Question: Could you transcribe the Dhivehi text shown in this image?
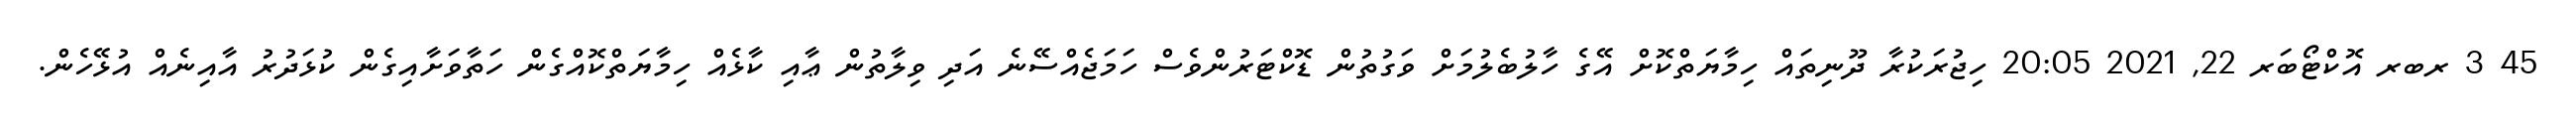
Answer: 45 3 ރބރ އޮކްޓޯބަރ 22, 2021 20:05 ހިޖުރަކުރާ ދޫނިތައް ހިމާޔަތްކޮށް އޭގެ ހާލުބެލުމަށް ވަގުތުން ޑޮކްޓަރުންވެސް ހަމަޖެއްސޭނެ އަދި ވިލާތުން ޢާއި ކާޅެއް ހިމާޔަތްކޮއްގެން ހަތާވަށާއިގެން ކުޅަދުރު އާއިނެއް އުޅޭހެން.